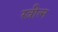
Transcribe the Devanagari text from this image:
स्त्रीत्न